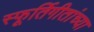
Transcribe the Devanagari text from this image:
स्फूर्तिगीतांच्या